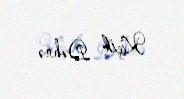
Kiçik Dəhnə